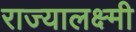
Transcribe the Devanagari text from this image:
राज्यालक्ष्मी